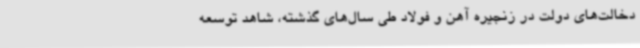
دخالت‌های دولت در زنجیره آهن و فولاد طی سال‌های گذشته، شاهد توسعه